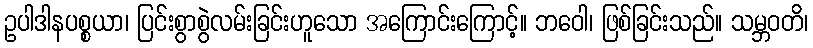
ဥပါဒါနပစ္စယာ၊ ပြင်းစွာစွဲလမ်းခြင်းဟူသော အကြောင်းကြောင့်။ ဘဝေါ၊ ဖြစ်ခြင်းသည်။ သမ္ဘဝတိ၊